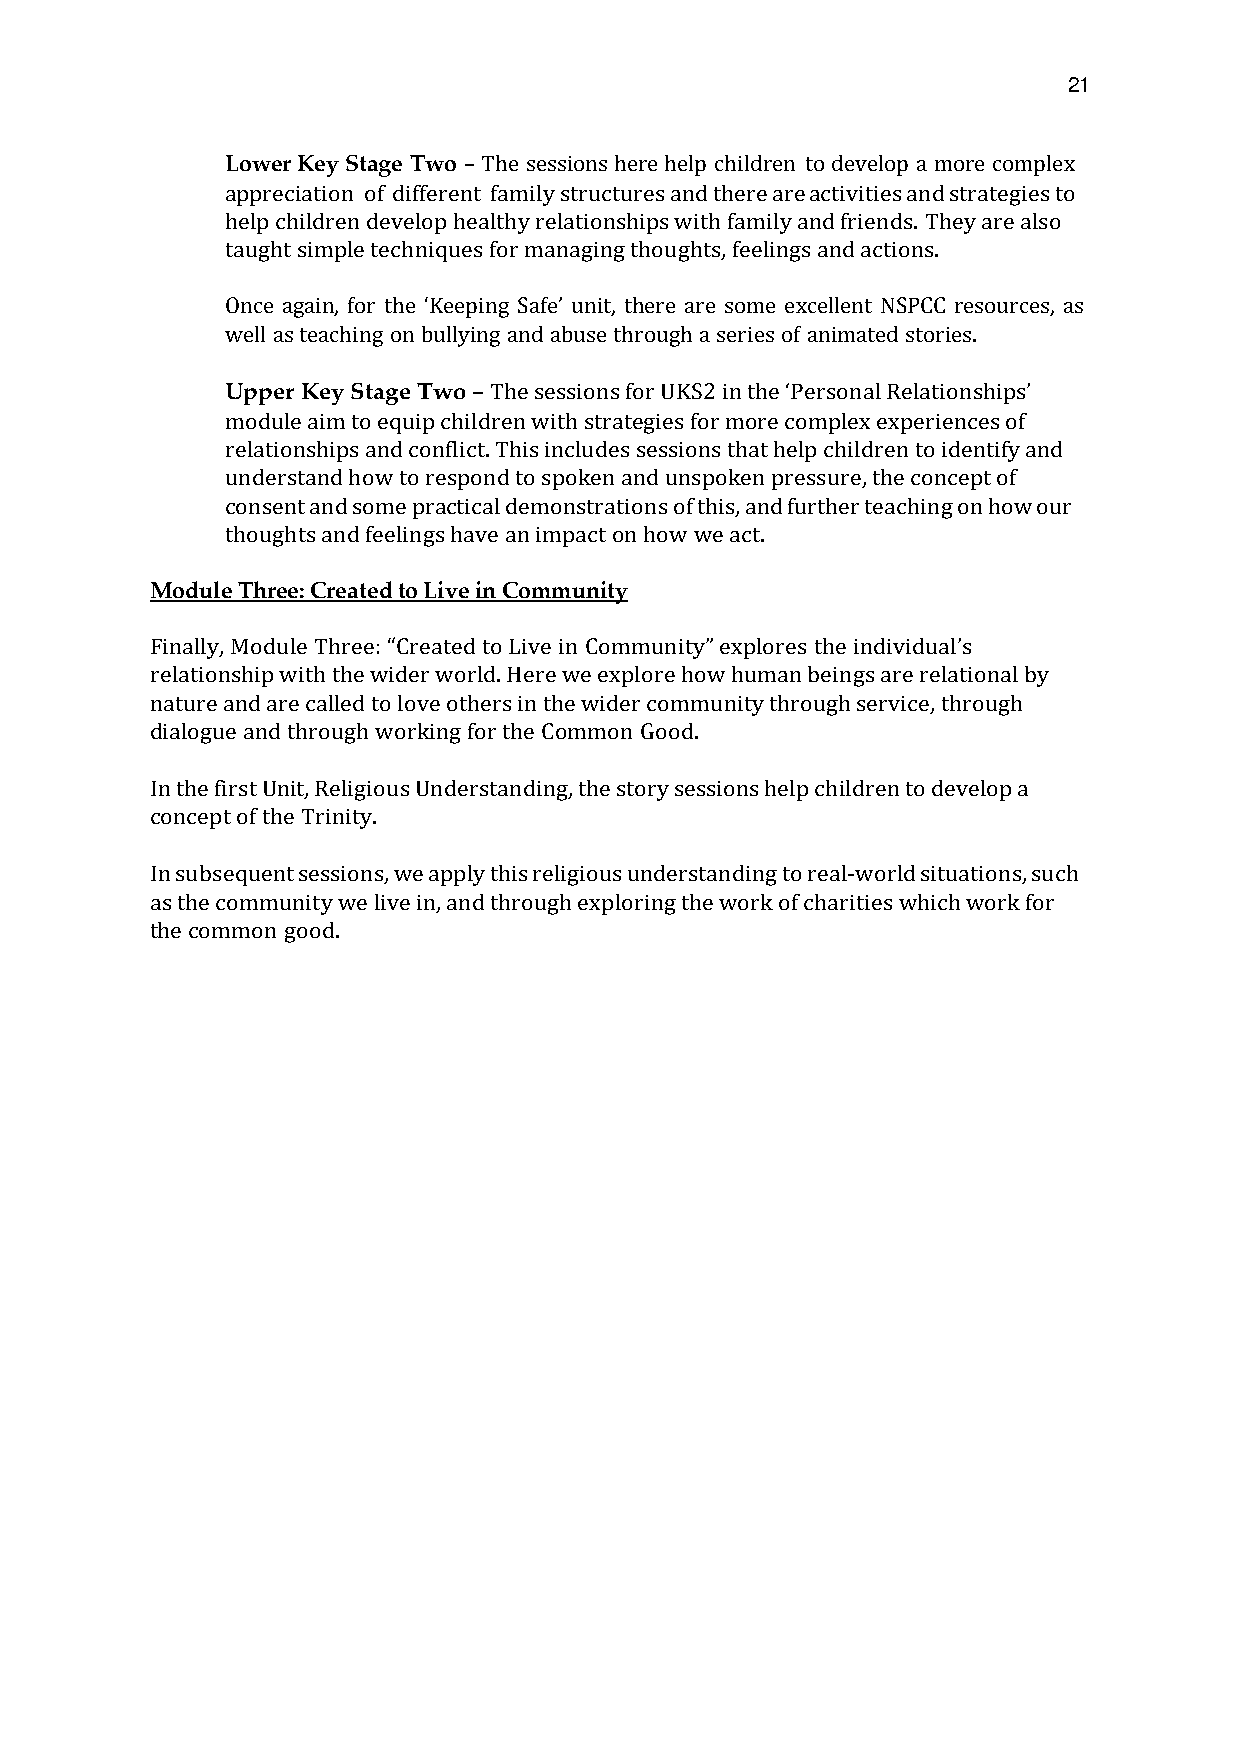
21
 Lower Key Stage Two The sessions here help children to develop a more complex
 appreciation of different family structures and there are activities and strategies to
 help children develop h–ealthy relationships with family and friends. They are also
 taught simple techniques for managing thoughts, feelings and actions.
 Once again, for the    unit, there are some excellent NSPCC resources, as
 well as teaching on bullying and abuse through a series of animated stories.
 ‘Keeping Safe’
 Upper Key Stage Two
 module aim to equip children with strategies for more complex experiences of
 –The sessions for UKS2 in the ‘Personal Relationships’
 relationships and conflict. This includes sessions that help children to identify and
 understand how to respond to spoken and unspoken pressure, the concept of
 consent and some practical demonstrations of this, and further teaching on how our
 thoughts and feelings have an impact on how we act.
 Module Three: Created to Live in Community
 Finally, Module Three: to Live in     explores the
 relationship with the wider world. Here we explore how human beings are relational by
 nature and are called to“ Clorveea toetdhers in the wCoidmemr cuonmitmy”unity through isnedrivviicdeu, athl’rsough
 dialogue and through working for the Common Good.
 In the first Unit, Religious Understanding, the story sessions help children to develop a
 concept of the Trinity.
 In subsequent sessions, we apply this religious understanding to real-world situations, such
 as the community we live in, and through exploring the work of charities which work for
 the common good.